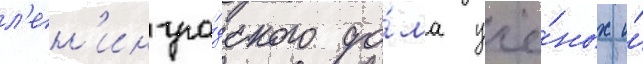
л'ен'ингра́дского до́ма учё́ных и́